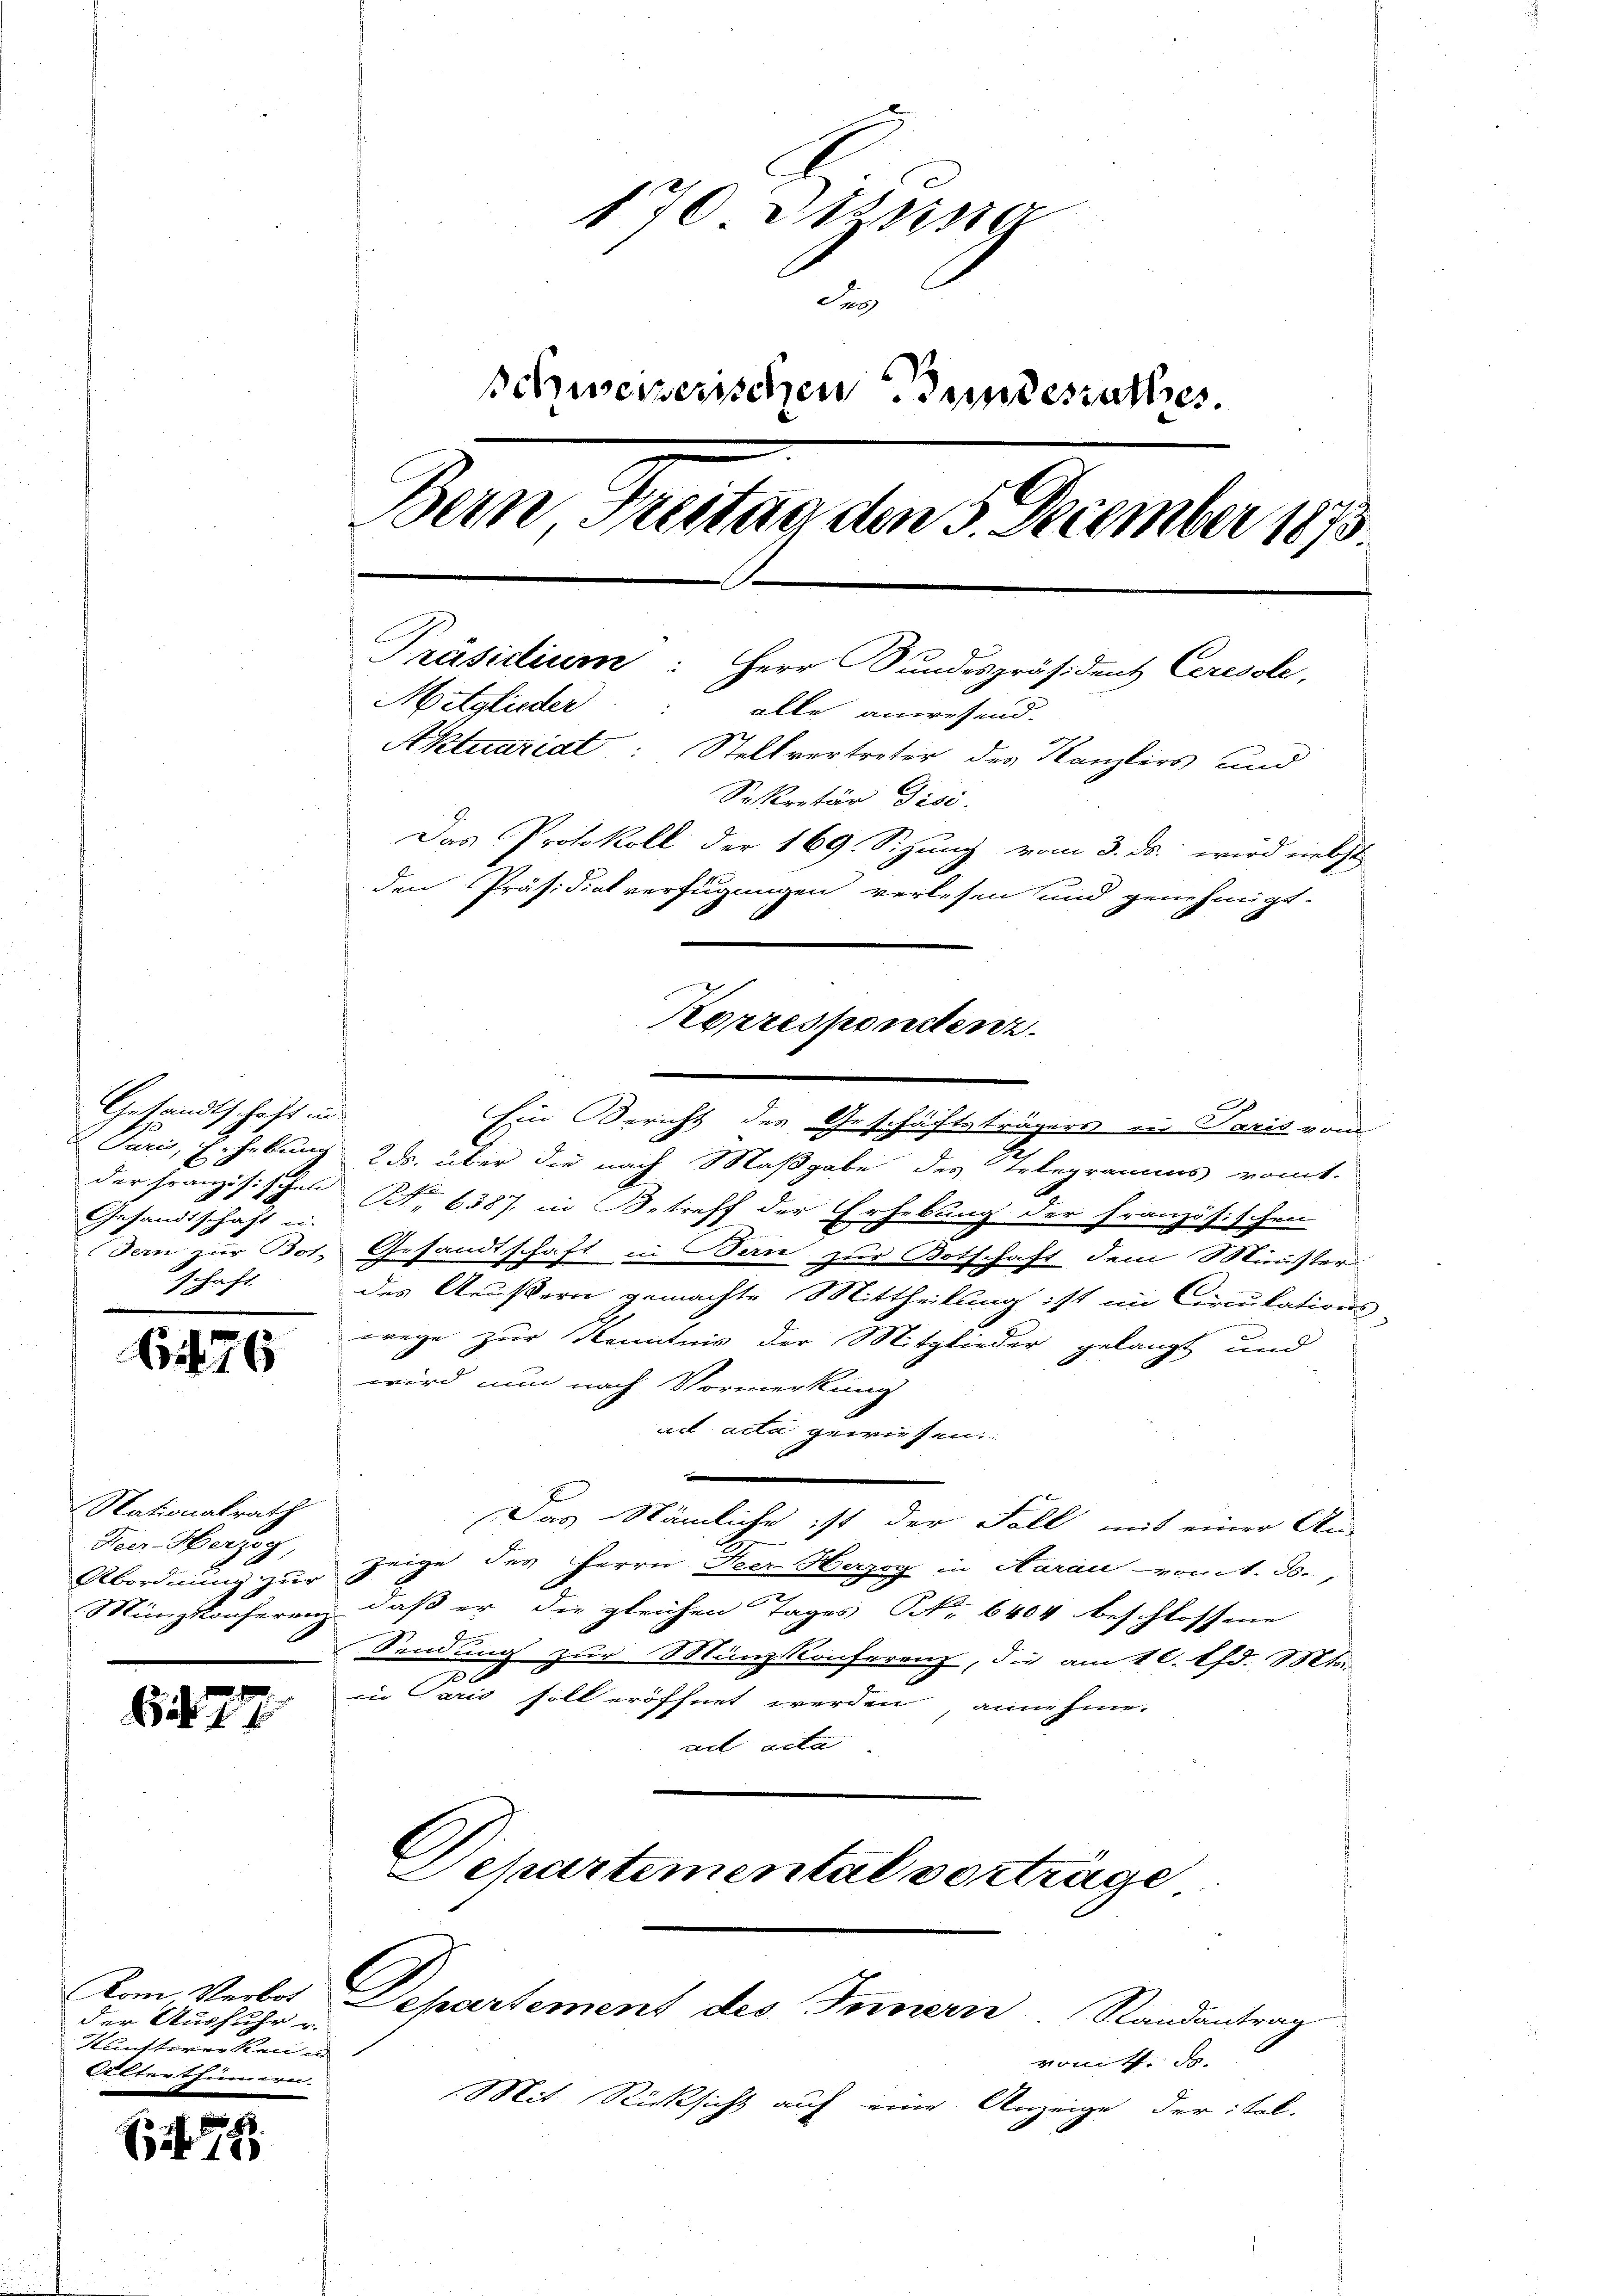
61176

Nationalrath
Heer-Herzog,
Abordnung zur
Münigkonferenz

477

E

170 zusa
Fe
Schweizerischen Bundesrathes.
Bern Freitag den 5. December 1873.
Präsidium: Herr Bundespräsident Ceresole,
Mitglieder: alle anwesend.
Aktuariat: Stellvertreter des Kanzlers und
Sekretär Dise.
Das Protokoll der 169. Sizung vom 3. ds. wird nebst
den Präsidialverfügungen verlesen und genehmigt:
Korrespondenz.

59

Gesandtschaft in
der Französischel
Gesandtschaft u.
schaft

der Ausfuhr u.
Kunstererkennen
Ufterthümern.

Ein Bericht des Geschäftsträgers in Paris vom
 Paris, Erhebung 2 ds. über die nach Maßgabe des Telegramms romt.
N. 6387. in Betreff der Erhebung der Französischen
Ter zur Bos. Gesandtschaft in Sein zur Botschaft dem Münster-
c
des Aeußern gemachte Mittheilung ist im Circulations-
wrege zur Kenntnis der Mitglieder gelangt und
wird nun nach Vormerkung
ail acta gewiesen.
n
Das Nämliche ist der Fall mit einer An-
zeige des Herrn Peer Herzog in Aarau vom 1. ds.,
daß er die gleichen Tages No 6404 beschlossene
Sendung zur Münzkonferenz, die am 16. d. Mts.
0
in Paris soll eröffnet werden annehme.
ail acta
Separtemental vorträge
Vom Verbos Departement des Innern Randantrag
vom 1. J.
Mit Rücksicht auf eine Anzeige der ital-